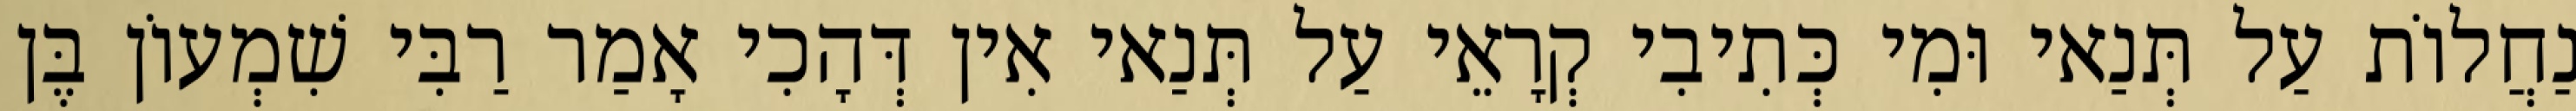
נַחֲלוֹת עַל תְּנַאי וּמִי כְּתִיבִי קְרָאֵי עַל תְּנַאי אִין דְּהָכִי אָמַר רַבִּי שִׁמְעוֹן בֶּן